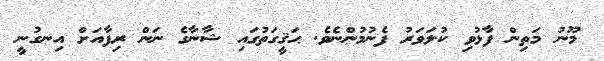
މޫނު މަތިން ފާޅުވި ކުލަވަރު ފެނުމުންނެވެ. ޙަޤީގަތުގައި ޝާނާގެ ނަން ރިފާއަށް އިނގުނީ